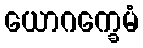
ယောဂက္ခေမံ